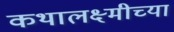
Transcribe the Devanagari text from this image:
कथालक्ष्मीच्या